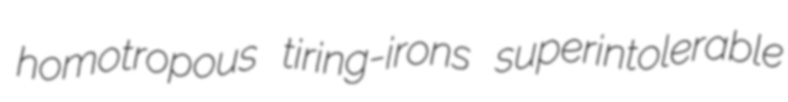
homotropous tiring-irons superintolerable